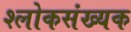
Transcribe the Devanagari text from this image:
श्लोकसंख्यक